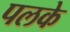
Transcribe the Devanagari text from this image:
पलके